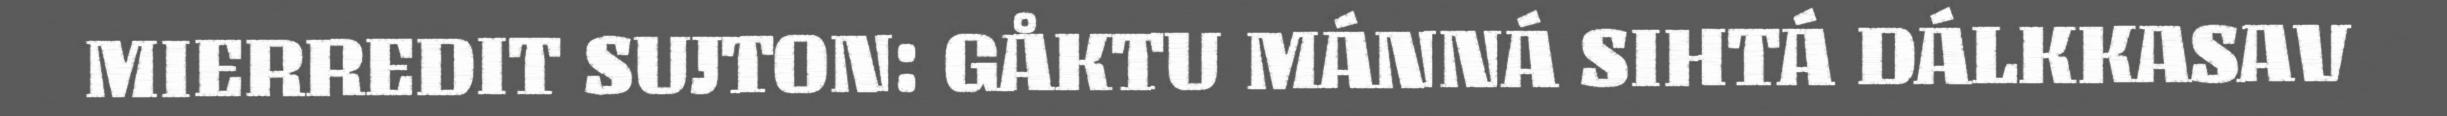
MIERREDIT SUJTON: GÅKTU MÁNNÁ SIHTÁ DÁLKKASAV